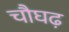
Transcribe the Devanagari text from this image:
चौघढ़